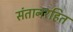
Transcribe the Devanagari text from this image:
संतानरहित